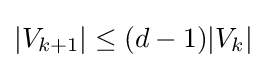
|V_{k+1}|\leq (d-1)|V_{k}|